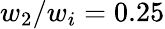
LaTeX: w_{2}/w_{i}=0.25